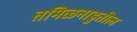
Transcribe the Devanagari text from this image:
तमिळनाडुतील